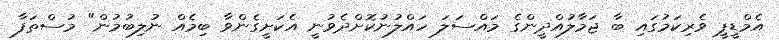
އެމްޑީޕީ ވެރިކަމުގައި ބާ ޖަމާލުއްދީންގެ މައްސަލަ ހައްލުނުކޮށްދެވުނީ އެކަށީގެންވާ ބިމެއް ނުލިބުމުން" މުސްތަފާ